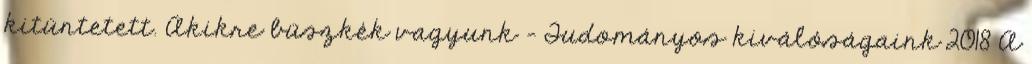
kitüntetett. Akikre büszkék vagyunk - Tudományos kiválóságaink 2018 A